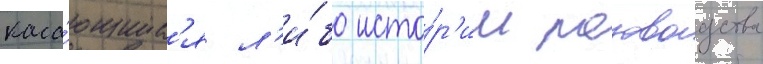
каса́ющиес'я л'и́бо исто́р'ии розоводства